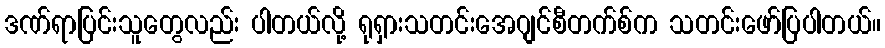
ဒဏ်ရာပြင်းသူတွေလည်း ပါတယ်လို့ ရုရှားသတင်းအေဂျင်စီတက်စ်က သတင်းဖော်ပြပါတယ်။